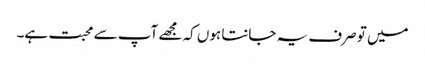
میں تو صرف یہ جانتا ہوں کہ مجھے آپ سے محبت ہے۔